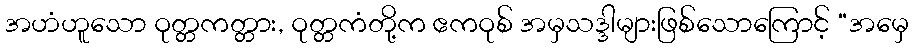
အဟံဟူသော ဝုတ္တကတ္တား, ဝုတ္တကံတို့က ဧကဝုစ် အမှသဒ္ဒါများဖြစ်သောကြောင့် “အမှေ